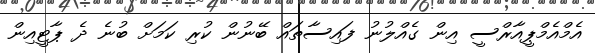
އެމްއެމްޕީއާރްސީ އިން ގެއްލުނު ފައިސާތައް ބޭނުން ކުރި ކަމަށް ބުނެ ދެ ޕާޓީއިން